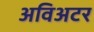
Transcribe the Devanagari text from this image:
अविअटर